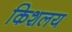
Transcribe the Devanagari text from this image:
किशलय